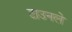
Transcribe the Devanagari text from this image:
टाउनले